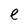
Character: e